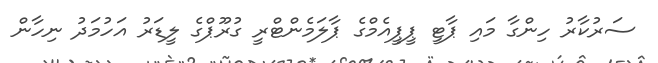
ސަރުކާރު ހިންގާ މައި ޕާޓީ ޕީޕީއެމްގެ ޕާލަމެންޓްރީ ގުރޫޕްގެ ލީޑަރު އަހުމަދު ނިހާން